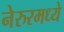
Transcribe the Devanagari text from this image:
नेरुरमध्ये